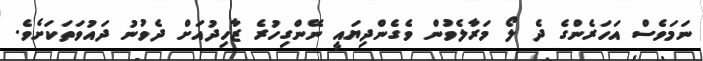
ނަމަވެސް އަހަރެންގެ ދެ ލޯ މަރާލެވުން ވެގެންދިޔައީ ނޭންގިހުރެ ޒާހިދުއަށް ދެވުނު ދައުވަތަކަށެވެ.